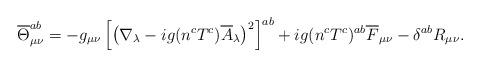
LaTeX: \begin{align*}\overline{\Theta}_{\mu \nu}^{a b}= -g_{\mu\nu} \left[\left( \nabla_{\lambda} -i g(n^c T^c)\overline{A}_{\lambda} \right)^2\right]^{a b}+ig (n^c T^c)^{a b} \overline{F}_{\mu \nu} -\delta^{a b} R_{\mu \nu} .\end{align*}